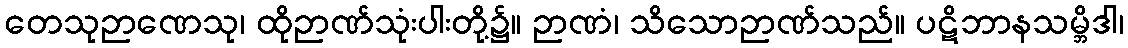
တေသုဉာဏေသု၊ ထိုဉာဏ်သုံးပါးတို့၌။ ဉာဏံ၊ သိသောဉာဏ်သည်။ ပဋိဘာနသမ္ဘိဒါ၊